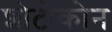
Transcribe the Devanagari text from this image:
शोटोकोन